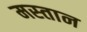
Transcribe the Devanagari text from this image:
मस्‍तान